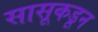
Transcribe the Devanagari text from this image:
सासूकडून